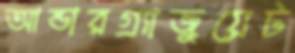
আন্ডারগ্র্যাজুয়েট